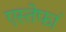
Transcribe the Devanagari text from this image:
एस्तेफां